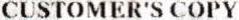
CUSTOMER'S COPY